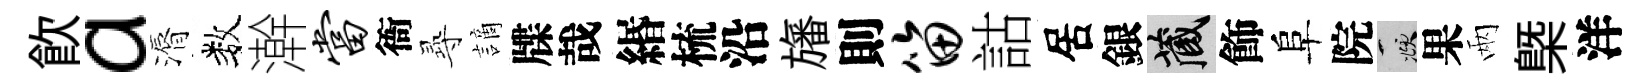
飮a漘数澣当衙𡬶謫牒哉緡梳沿旛則笛詁居銀藏飾阜院頫果兩㮣洋